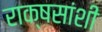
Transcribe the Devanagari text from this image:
राक्षसांशी